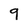
Character: 9